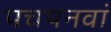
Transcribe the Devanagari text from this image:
पचपनवां